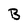
Character: B